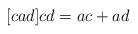
LaTeX: \begin{align*}[cad] cd = ac + ad\end{align*}